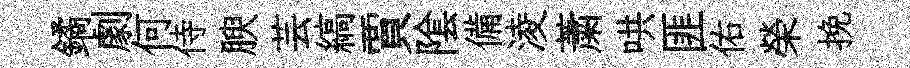
鐍劇何侍腴芸縞賈隂備淩䔥哄匪佑榮挽